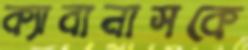
ক্যাবানাসকে